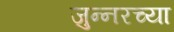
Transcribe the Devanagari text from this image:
जुन्‍नरच्या